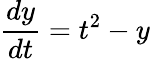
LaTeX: {\frac{dy}{dt}}=t^{2}-y